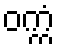
ဝက္ကံ